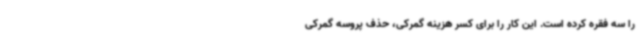
را سه فقره کرده است. این کار را برای کسر هزینه گمرکی، حذف پروسه گمرکی